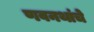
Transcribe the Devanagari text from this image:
णवनथांचे